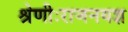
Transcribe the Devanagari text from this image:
श्रेणीःराजनयज्ञ